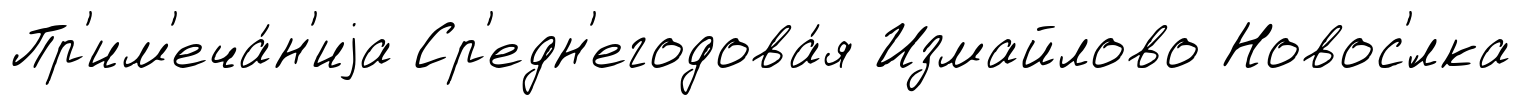
Пр'им'еча́н'иjа Ср'едн'егодова́я Измайлово Новос'́лка